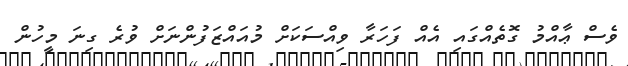
ވެސް ޢާއްމު ގޮތެއްގައި އެއް ފަހަރާ ވިއްސަކަށް މުއައްޒަފުންނަށް ވުރެ ގިނަ މީހުން